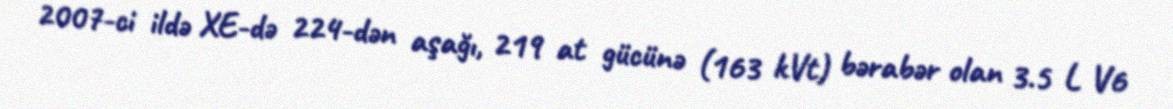
2007-ci ildə XE-də 224-dən aşağı, 219 at gücünə (163 kVt) bərabər olan 3.5 L V6